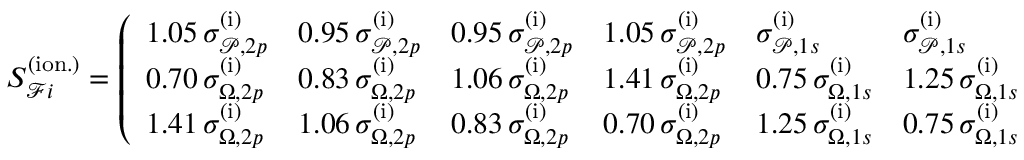
S _ { \mathcal { F } i } ^ { ( \mathrm { i o n . } ) } = \left( \begin{array} { l l l l l l } { 1 . 0 5 \, \sigma _ { \mathcal { P } , 2 p } ^ { ( \mathrm { i } ) } } & { 0 . 9 5 \, \sigma _ { \mathcal { P } , 2 p } ^ { ( \mathrm { i } ) } } & { 0 . 9 5 \, \sigma _ { \mathcal { P } , 2 p } ^ { ( \mathrm { i } ) } } & { 1 . 0 5 \, \sigma _ { \mathcal { P } , 2 p } ^ { ( \mathrm { i } ) } } & { \sigma _ { \mathcal { P } , 1 s } ^ { ( \mathrm { i } ) } } & { \sigma _ { \mathcal { P } , 1 s } ^ { ( \mathrm { i } ) } } \\ { 0 . 7 0 \, \sigma _ { \Omega , 2 p } ^ { ( \mathrm { i } ) } } & { 0 . 8 3 \, \sigma _ { \Omega , 2 p } ^ { ( \mathrm { i } ) } } & { 1 . 0 6 \, \sigma _ { \Omega , 2 p } ^ { ( \mathrm { i } ) } } & { 1 . 4 1 \, \sigma _ { \Omega , 2 p } ^ { ( \mathrm { i } ) } } & { 0 . 7 5 \, \sigma _ { \Omega , 1 s } ^ { ( \mathrm { i } ) } } & { 1 . 2 5 \, \sigma _ { \Omega , 1 s } ^ { ( \mathrm { i } ) } } \\ { 1 . 4 1 \, \sigma _ { \Omega , 2 p } ^ { ( \mathrm { i } ) } } & { 1 . 0 6 \, \sigma _ { \Omega , 2 p } ^ { ( \mathrm { i } ) } } & { 0 . 8 3 \, \sigma _ { \Omega , 2 p } ^ { ( \mathrm { i } ) } } & { 0 . 7 0 \, \sigma _ { \Omega , 2 p } ^ { ( \mathrm { i } ) } } & { 1 . 2 5 \, \sigma _ { \Omega , 1 s } ^ { ( \mathrm { i } ) } } & { 0 . 7 5 \, \sigma _ { \Omega , 1 s } ^ { ( \mathrm { i } ) } } \end{array} \right) .